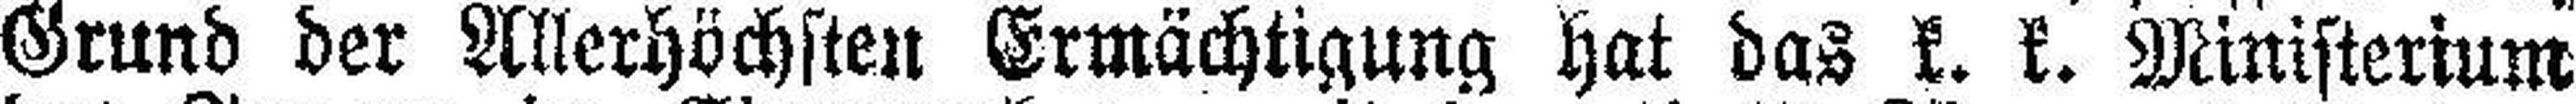
Grund der Allerhöchsten Ermächtigung hat das k. k. Ministerium